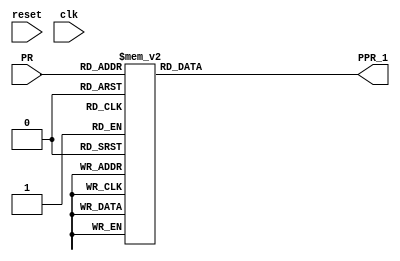



module PPR_switch(
input reset,
input clk,
input[3:0] PR,
output [9:0] PPR_1
    );
    
 reg [9:0] PPR;
 
    
    always@(*)begin
        case(PR)
        4'b0000: PPR =10'd63; 
        4'b0001: PPR =10'd99;
        4'b0010: PPR =10'd127;
        4'b0011: PPR =10'd199;
        4'b0100: PPR =10'd255;
        4'b0101: PPR =10'd299;
        4'b0110: PPR =10'd359;
        4'b0111: PPR =10'd399;
        4'b1000: PPR =10'd499;
        4'b1001: PPR =10'd599;
        4'b1010: PPR =10'd699;
        4'b1011: PPR =10'd719;
        4'b1100: PPR =10'd799;
        4'b1101: PPR =10'd899;
        4'b1110: PPR =10'd999;
        4'b1111: PPR =10'd1023; 
        default: PPR =10'd600;
        endcase
    
    end
  assign PPR_1 = PPR;  
    
endmodule